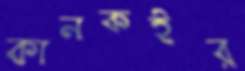
কানকইর